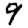
Digit: 9